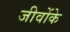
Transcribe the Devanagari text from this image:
जीवोंके